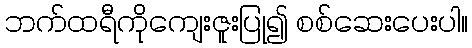
ဘက်ထရီကိုကျေးဇူးပြု၍ စစ်ဆေးပေးပါ။